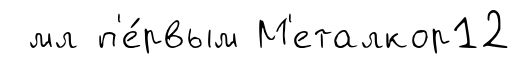
мл п'е́рвым М'еталкор12